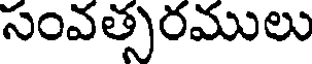
సంవత్సరములు